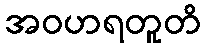
အဝဟရတူတိ